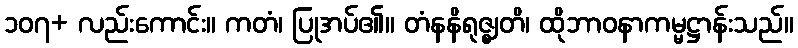
၁၀၇+ လည်းကောင်း။ ကတံ၊ ပြုအပ်၏။ တံနနိရုဇ္ဈတိ၊ ထိုဘာဝနာကမ္မဋ္ဌာန်းသည်။